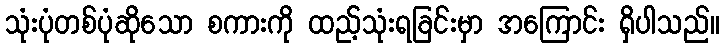
သုံးပုံတစ်ပုံဆိုသော စကားကို ထည့်သုံးရခြင်းမှာ အကြောင်း ရှိပါသည်။